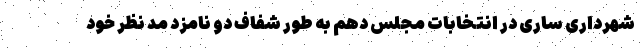
شهرداری ساری در انتخابات مجلس دهم به طور شفاف دو نامزد مد نظر خود